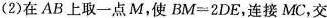
(2)在AB上取一点M，使$$B M = 2 D E$$，连接MC，交